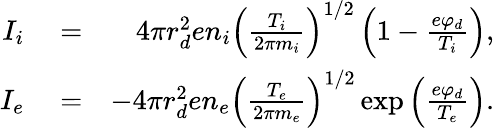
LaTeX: \begin{array}{rlr}{I_{i}}&{{}=}&{4\pi r_{d}^{2}en_{i}\left(\frac{T_{i}}{2\pi m_{i}}\right)^{1/2}\left(1-\frac{e\varphi_{d}}{T_{i}}\right),}\\ {I_{e}}&{{}=}&{-4\pi r_{d}^{2}en_{e}\left(\frac{T_{e}}{2\pi m_{e}}\right)^{1/2}\exp\left(\frac{e\varphi_{d}}{T_{e}}\right).}\end{array}